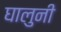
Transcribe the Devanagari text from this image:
घालुनी